system: You are a helpful assistant.
user:
Analyze the provided spectrum to determine if it is a **White Dwarf (WD)**.

A White Dwarf spectrum is defined by its **extreme purity** (due to gravitational settling) and/or **extreme pressure broadening** (due to high surface gravity). You must check for one of the following mutually exclusive signatures:

- **Key Visual Indicators (Check for ONE of these types):**

    - **1. DA-Type Signature (Most Common):**
        - **(Primary Feature):** Extreme pressure broadening (Stark broadening) of the **Hydrogen (H) Balmer lines**.
        - **(Key Lines):** $H\beta$ (approx. $4861$ Å) and $H\gamma$ (approx. $4340$ Å). $H\alpha$ (approx. $6563$ Å) will also be present if the wavelength range covers it.
        - **(Line Profile):** This is the **defining feature**. The lines are **NOT** sharp. They appear as massive, **extremely broad and deep "troughs" or "dips"** in the spectrum, often hundreds of Ångströms wide. The continuum will appear to "scoop" down at these wavelengths.
        - **(Distinction):** Normal A-type or B-type stars have *narrow* and *sharp* Hydrogen lines. A DA White Dwarf's lines are unmistakably "smeared" or "blurry" from pressure.

    - **2. DB-Type Signature:**
        - **(Primary Feature):** Broad absorption lines from **Neutral Helium (He I)**. The spectrum must lack any visible Hydrogen lines.
        - **(Key Lines):** Look for broad absorption near $4471$ Å, $4921$ Å, and $5876$ Å.
        - **(Line Profile):** These lines are also significantly pressure-broadened, appearing much wider than they would in a normal B-type main-sequence star.

    - **3. DC-Type Signature:**
        - **(Primary Feature):** A **featureless continuous spectrum**.
        - **(Line Profile):** The spectrum is a smooth curve with **no significant absorption or emission lines**.
        - **(Key Confirmation):** The continuum is almost always **blue or white**, indicating a hot object. This signature implies the atmosphere is so pure (or so cool) that no spectral lines are visible in the optical range. Its WD identity is confirmed by its extremely low intrinsic brightness (high absolute magnitude).

    - **4. DZ-Type Signature (Metal-Polluted):**
        - **(Primary Feature):** **Isolated, narrow metal absorption lines** on an otherwise featureless (DC-like) continuum.
        - **(Key Lines):** The **Calcium (Ca II) H & K doublet** (approx. **$3934$ Å** and **$3968$ Å**) is the most common and defining feature.
        - **(Line Profile):** These lines are "out of place." They are *not* part of a "forest" of thousands of lines. This signature is evidence of recent *accretion* (pollution) from rocky debris.
        - **(Distinction):** Normal G/K/M stars have a *dense forest* of thousands of metal lines. A DZ has a *clean* continuum with *only a few* strong metal lines.

    - **5. DQ-Type Signature (Carbon-Polluted):**
        - **(Primary Feature):** Absorption bands from **Carbon (C₂ "Swan Bands" or atomic C I)**.
        - **(Key Lines - C₂):** Look for bandheads with a "saw-tooth" shape near $5635$ Å, **$5165$ Å** (strongest), and $4737$ Å.
        - **(Key Confirmation):** The underlying **continuum must be blue or white** (hot).
        - **(Distinction):** This is the critical difference from a **Carbon Star**, which has the *exact same* C₂ bands but on an extremely **red, cool** continuum.

- **(Overall Spectrum):**
    - The continuum (overall shape) is typically **blue-sloping** (brighter in the blue than the red), as most white dwarfs are very hot.
    - The spectrum will look "pure" or "simple," dominated by only *one* of the five signatures listed above.

Think first, call **spectral_visualization_tool** if needed to examine features in detail, then provide your final answer. Your response must adhere to the following strict rules:
1.  **Overall Structure:** Your response must follow the format `<think>...</think> <tool_call>...</tool_call> (if a tool is used) <answer>...</answer>`.
2.  **Tool Usage Constraint:** You may only make **one** tool call per turn.
3.  **Final Answer Format:** In the `<answer>` tag, your conclusion must be inside a `\boxed{}` command (e.g., `\boxed{YES}` or `\boxed{NO}`), followed by your justification.

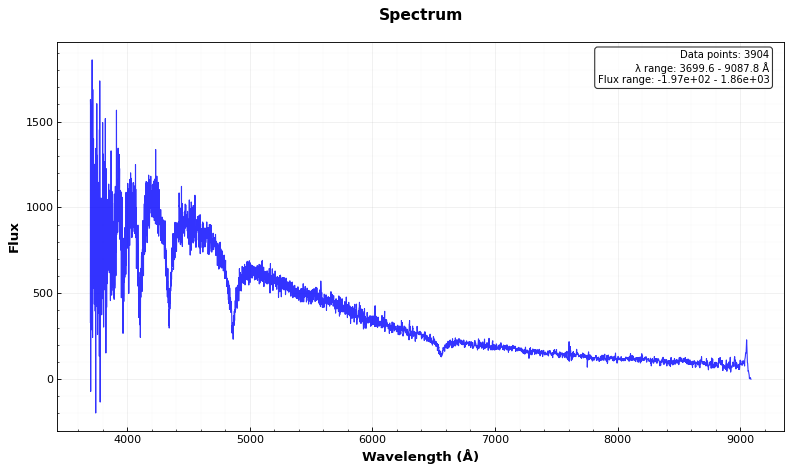
Answer: YES